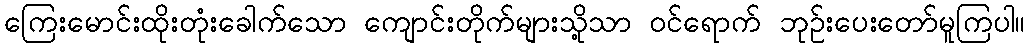
ကြေးမောင်းထိုးတုံးခေါက်သော ကျောင်းတိုက်များသို့သာ ဝင်ရောက် ဘုဉ်းပေးတော်မူကြပါ။